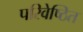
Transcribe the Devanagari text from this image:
परिवेष्ठित